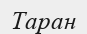
Таран